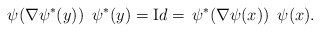
\begin{align*} \, \psi (\nabla \psi^* (y) ) \ \, \psi^* (y) = {\text Id} = \, \psi^*(\nabla \psi(x)) \ \, \psi(x).\end{align*}